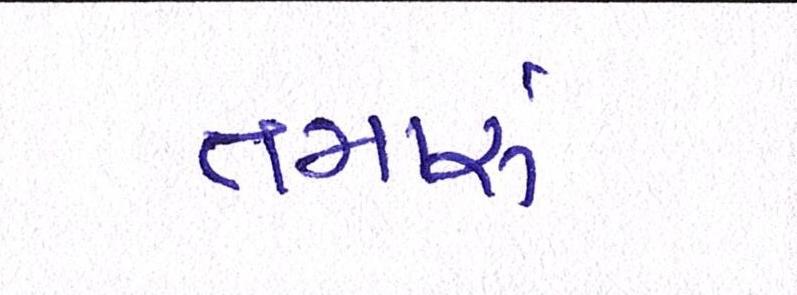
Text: તમારું